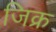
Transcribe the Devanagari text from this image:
जिक्र